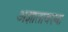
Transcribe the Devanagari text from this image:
अज्ञातावस्था